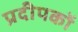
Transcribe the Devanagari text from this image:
प्रदीपकों